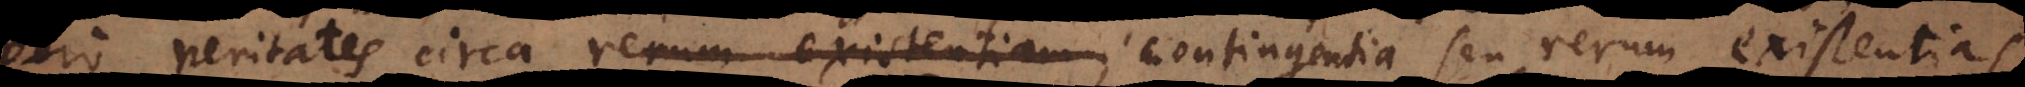
vero veritates circa rerum existentiam, contingentia seu rerum existentia